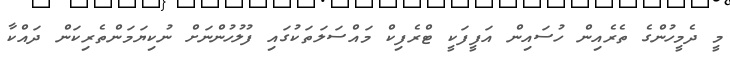
މީ ދެމީހުންގެ ތެރެއިން ހުސައިން އަފީފަކީ ޓްރެފިކް މައްސަލަތަކުގައި ފުލުހުންނަށް ނުކިޔަމަންތެރިކަން ދައްކާ